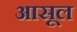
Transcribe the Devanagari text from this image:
आसूल